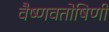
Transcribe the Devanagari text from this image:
वैष्णवतोषिणी